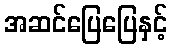
အဆင်ပြေပြေနှင့်